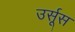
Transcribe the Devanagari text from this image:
उर्सूस